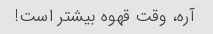
آره، وقت قهوه بیشتر است!